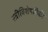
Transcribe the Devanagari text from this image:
स्त्रीविशेषांपैकी